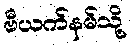
ဗီယက်နမ်သို့